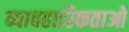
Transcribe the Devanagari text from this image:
व्यावहारिकताओ